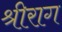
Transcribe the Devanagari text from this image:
श्रीराग